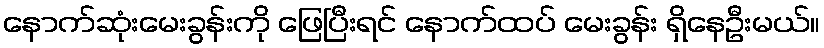
နောက်ဆုံးမေးခွန်းကို ဖြေပြီးရင် နောက်ထပ် မေးခွန်း ရှိနေဦးမယ်။